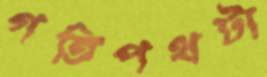
গতিপথটা